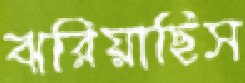
ঝরিয়াছিস